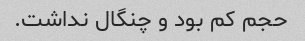
حجم کم بود و چنگال نداشت.